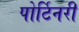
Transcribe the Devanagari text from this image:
पोर्टिनरी